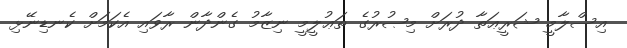
އިސްލާމީ ޝަރީޢަތާ ދުރަށް މިޞުރުގެ ތަޢުލީމީ ނިޒާމު ގެންދާން ރާވައި އެކަމަށް ކެނޑިނޭޅި